Language: tamil
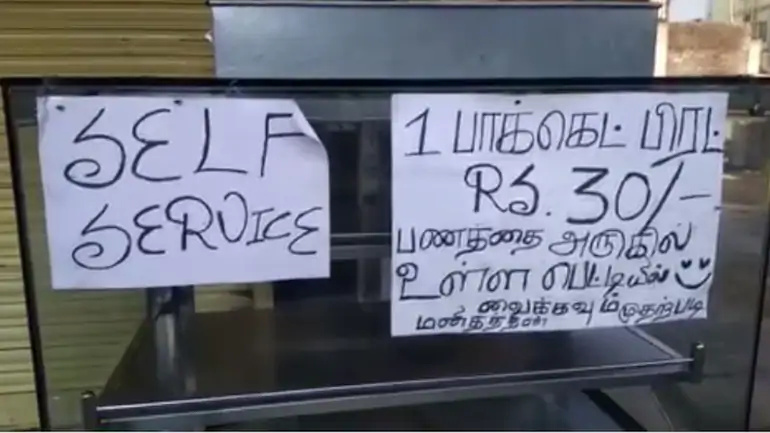
Transcription: பெட்டியில் பிரட் பணத்தை உள்ள பாக்கெட் வைக்கவு அருகில்